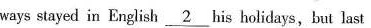
ways stayed in English \underline{2 } his holidays, but last